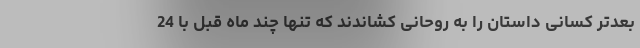
بعدتر کسانی داستان را به روحانی کشاندند که تنها چند ماه قبل با 24